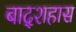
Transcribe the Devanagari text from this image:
बाद्शहास